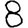
Digit: 8